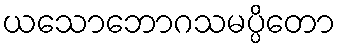
ယသောဘောဂသမပ္ပိတော